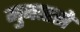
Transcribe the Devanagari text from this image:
मुबाहसे